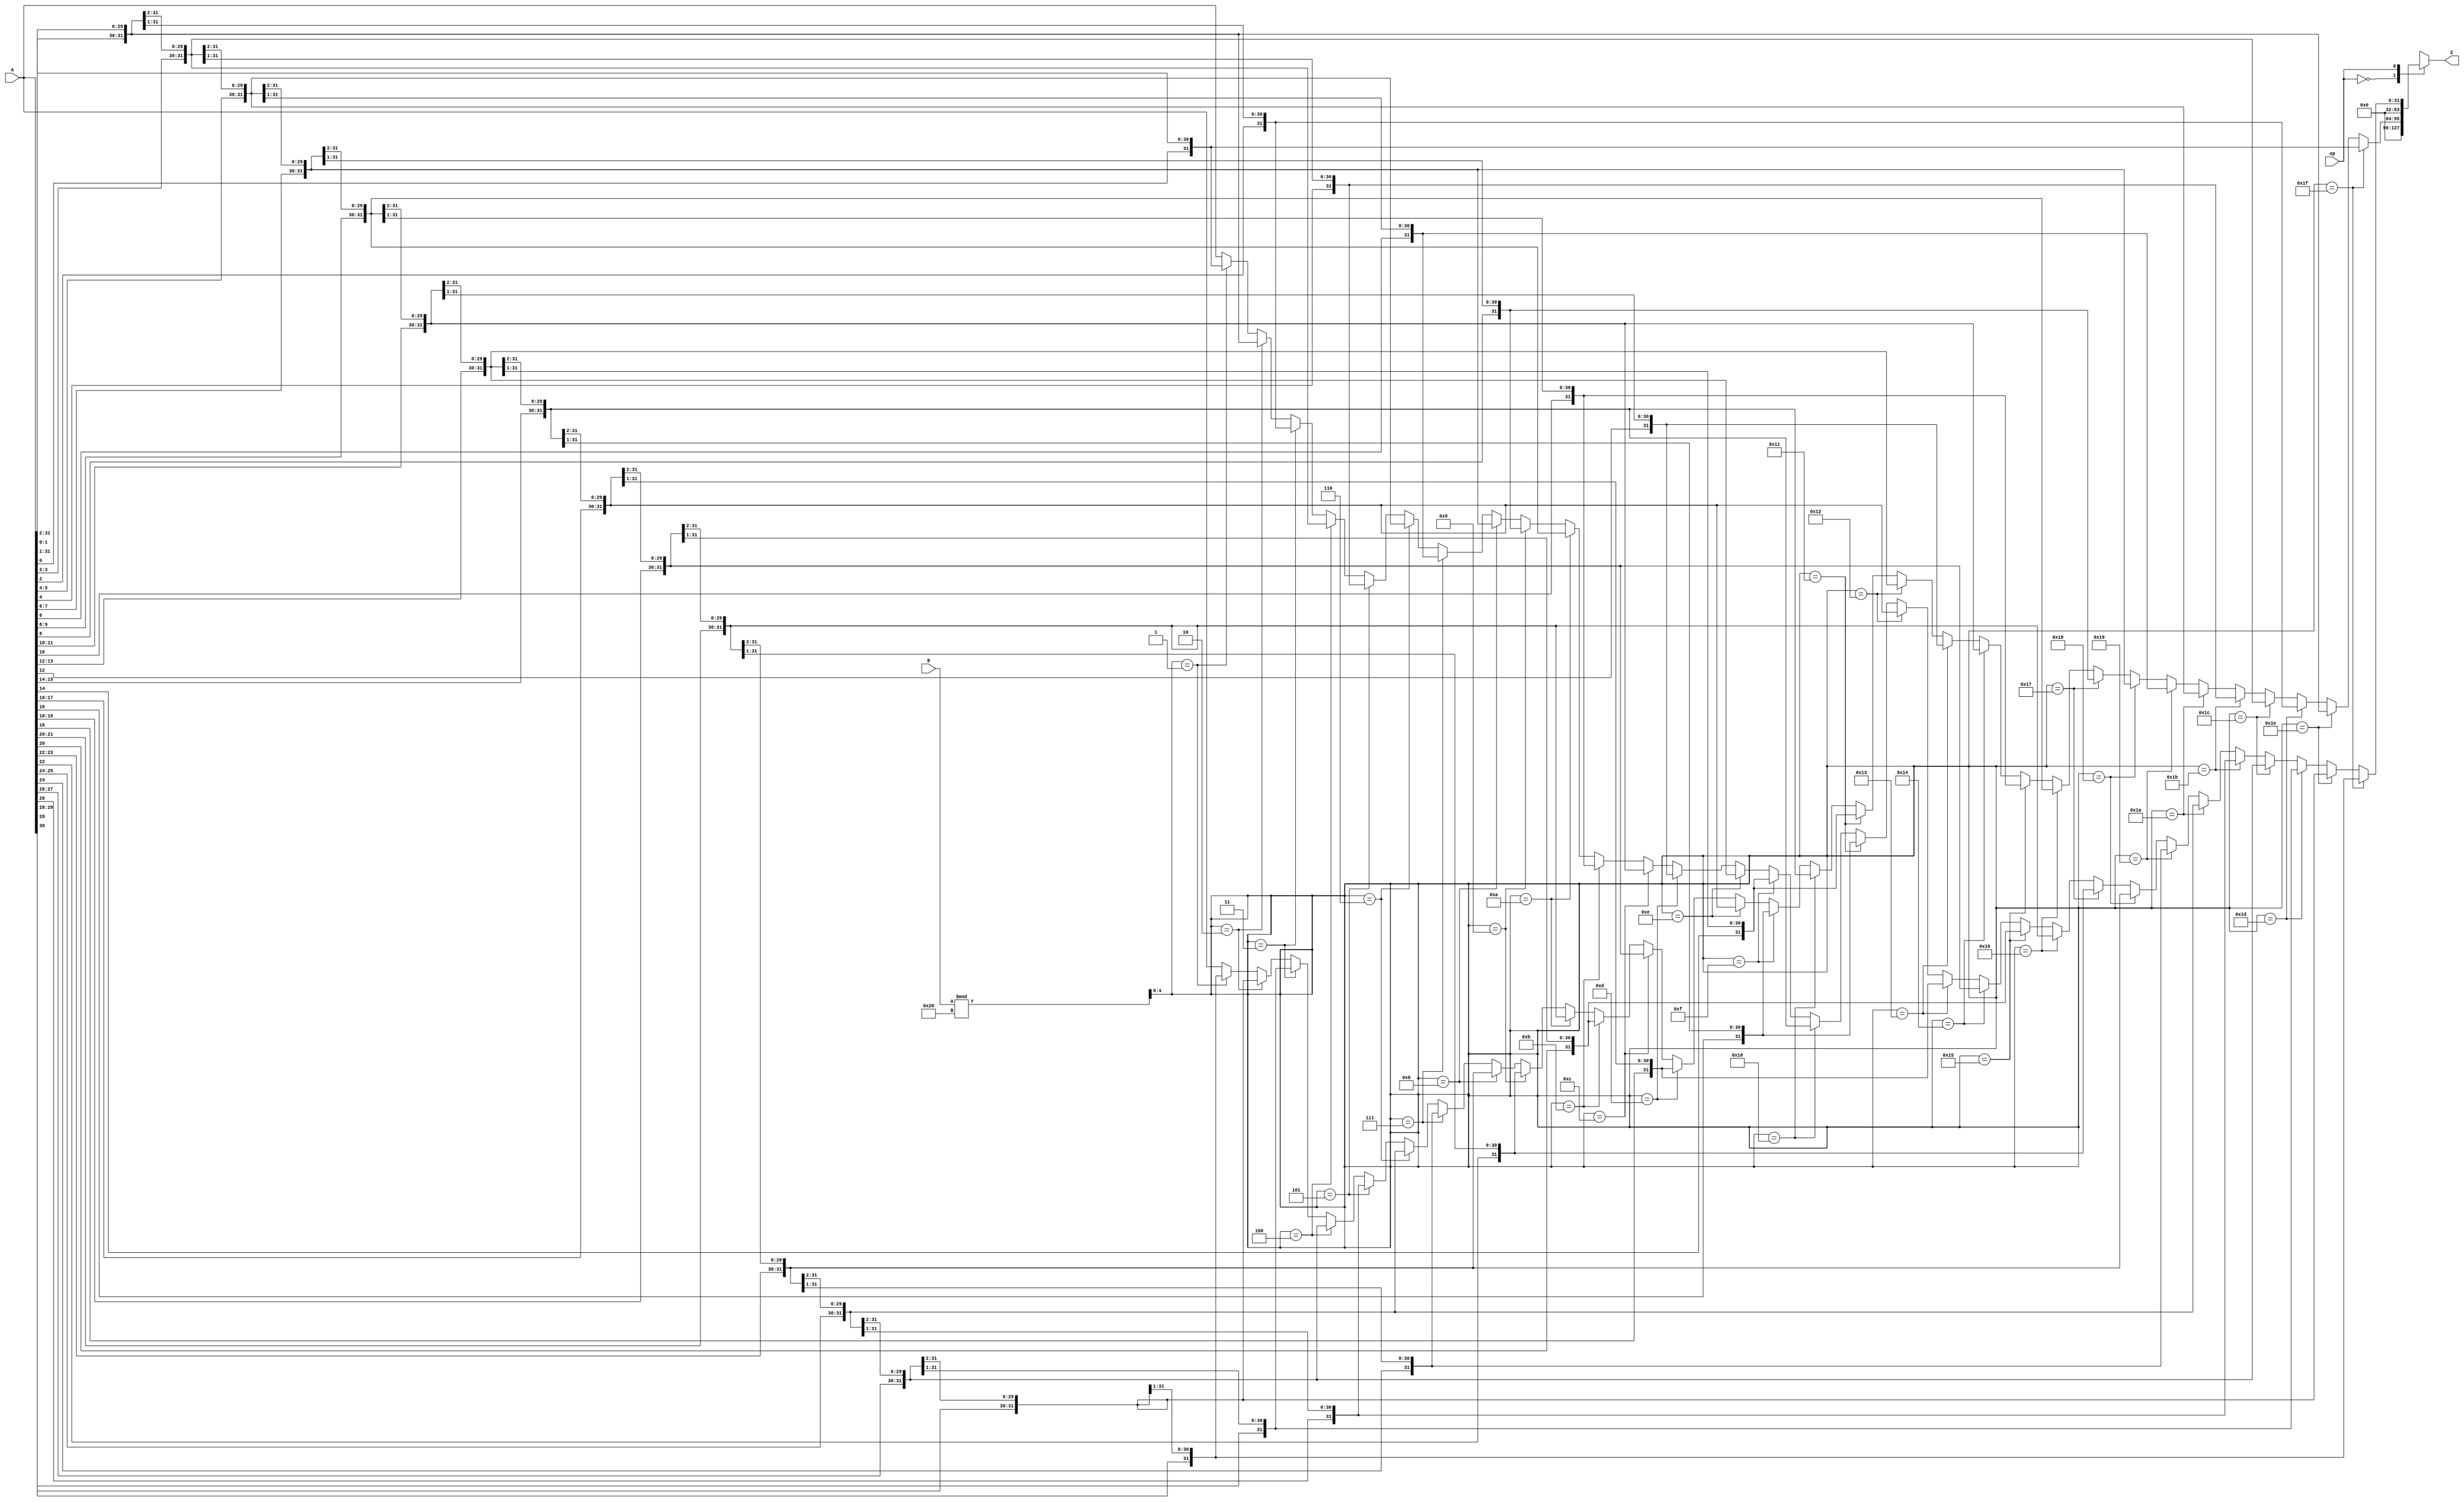
module rotate(
	input wire [31:0]		A, B,
	input wire				op,
	output wire [63:0]	Z
);
	reg [63:0] result;
	wire [4:0] N;
	assign N = B%32;
		
	always @(*) begin
		case(op)
			0 : result = (N == 31) ? {A[0:0], A[31:1]} : (N == 30) ? {A[1:0], A[31:2]} : 
							 (N == 29) ? {A[2:0], A[31:3]} : (N == 28) ? {A[3:0], A[31:4]} : 
							 (N == 27) ? {A[4:0], A[31:5]} : (N == 26) ? {A[5:0], A[31:6]} : 
							 (N == 25) ? {A[6:0], A[31:7]} : (N == 24) ? {A[7:0], A[31:8]} : 
							 (N == 23) ? {A[8:0], A[31:9]} : (N == 22) ? {A[9:0], A[31:10]} : 
							 (N == 21) ? {A[10:0], A[31:11]} : (N == 20) ? {A[11:0], A[31:12]} : 
							 (N == 19) ? {A[12:0], A[31:13]} : (N == 18) ? {A[13:0], A[31:14]} : 
							 (N == 17) ? {A[14:0], A[31:15]} : (N == 16) ? {A[15:0], A[31:16]} : 
							 (N == 15) ? {A[16:0], A[31:17]} : (N == 14) ? {A[17:0], A[31:18]} : 
							 (N == 13) ? {A[18:0], A[31:19]} : (N == 12) ? {A[19:0], A[31:20]} : 
							 (N == 11) ? {A[20:0], A[31:21]} : (N == 10) ? {A[21:0], A[31:22]} : 
							 (N == 9) ? {A[22:0], A[31:23]} :  (N == 8) ? {A[23:0], A[31:24]} : 
							 (N == 7) ? {A[24:0], A[31:25]} :  (N == 6) ? {A[25:0], A[31:26]} : 
							 (N == 5) ? {A[26:0], A[31:27]} :  (N == 4) ? {A[27:0], A[31:28]} : 
							 (N == 3) ? {A[28:0], A[31:29]} :  (N == 2) ? {A[29:0], A[31:30]} : 
							 (N == 1) ? {A[30:0], A[31:31]} : A;

			1 : result = (N == 31) ? {A[30:0], A[31:31]} : (N == 30) ? {A[29:0], A[31:30]} : 
							 (N == 29) ? {A[28:0], A[31:29]} : (N == 28) ? {A[27:0], A[31:28]} : 
							 (N == 27) ? {A[26:0], A[31:27]} : (N == 26) ? {A[25:0], A[31:26]} : 
							 (N == 25) ? {A[24:0], A[31:25]} : (N == 24) ? {A[23:0], A[31:24]} : 
							 (N == 23) ? {A[22:0], A[31:23]} : (N == 22) ? {A[21:0], A[31:22]} : 
							 (N == 21) ? {A[20:0], A[31:21]} : (N == 20) ? {A[19:0], A[31:20]} : 
							 (N == 19) ? {A[18:0], A[31:19]} : (N == 18) ? {A[17:0], A[31:18]} : 
							 (N == 17) ? {A[16:0], A[31:17]} : (N == 16) ? {A[15:0], A[31:16]} : 
							 (N == 15) ? {A[14:0], A[31:15]} : (N == 14) ? {A[13:0], A[31:14]} : 
							 (N == 13) ? {A[12:0], A[31:13]} : (N == 12) ? {A[11:0], A[31:12]} : 
							 (N == 11) ? {A[10:0], A[31:11]} : (N == 10) ? {A[9:0], A[31:10]} : 
							 (N == 9) ? {A[8:0], A[31:9]} : (N == 8) ? {A[7:0], A[31:8]} : 
							 (N == 7) ? {A[6:0], A[31:7]} : (N == 6) ? {A[5:0], A[31:6]} : 
							 (N == 5) ? {A[4:0], A[31:5]} : (N == 4) ? {A[3:0], A[31:4]} : 
							 (N == 3) ? {A[2:0], A[31:3]} : (N == 2) ? {A[1:0], A[31:2]} : 
							 (N == 1) ? {A[0:0], A[31:1]} : A;
		endcase
	end
	assign Z = result;
endmodule